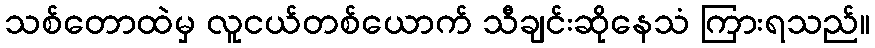
သစ်တောထဲမှ လူငယ်တစ်ယောက် သီချင်းဆိုနေသံ ကြားရသည်။